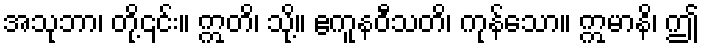
အသုဘာ၊ တို့၎င်း။ ဣတိ၊ သို့။ ဧကူနဝီသတိ၊ ကုန်သော။ ဣမာနိ၊ ဤ